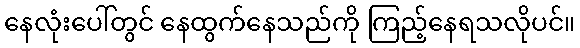
နေလုံးပေါ်တွင် နေထွက်နေသည်ကို ကြည့်နေရသလိုပင်။